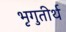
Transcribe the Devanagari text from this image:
भृगुतीर्थ